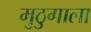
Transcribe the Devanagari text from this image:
मुठुगाला